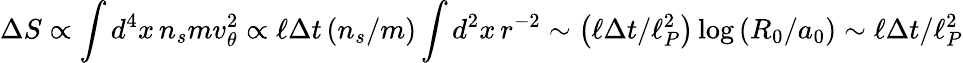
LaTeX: \Delta S\propto\int d^{4}x\, n_{s}mv_{\theta}^{2}\propto\ell\Delta t\left(n_{s}/m\right)\int d^{2}x\, r^{-2}\sim\left(\ell\Delta t/\ell_{P}^{2}\right)\log\left(R_{0}/a_{0}\right)\sim\ell\Delta t/\ell_{P}^{2}